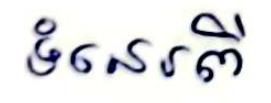
ទំនេរពី